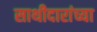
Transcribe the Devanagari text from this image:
साथीदारांच्या